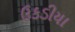
ઉકડીયા